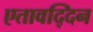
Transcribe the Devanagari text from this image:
एतावद्दिन